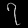
Digit: ၇